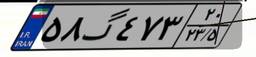
۵۸گ۴۷۳۲۰